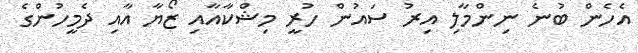
އެހެން ބުނެ ނިންމާލި އިރު ސައުން ހުރީ މިޝްކާއާއި ޒޯޔާ އާއި ދެމީހުންގެ